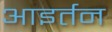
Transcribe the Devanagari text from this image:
आइर्तन